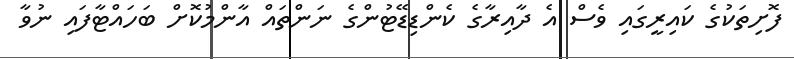
ފޮށިތަކުގެ ކައިރީގައި ވެސް އެ ދާއިރާގެ ކެންޑިޑޭޓުންގެ ނަންތައް އާންމުކޮށް ބަހައްޓާފައި ނުވާ